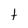
Character: t